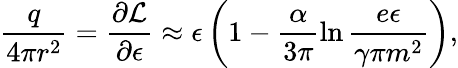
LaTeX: \frac{q}{4\pi r^{2}}=\frac{\partial{\cal L}}{\partial\epsilon}\approx\epsilon\left(1-\frac{\alpha}{3\pi}\ln\frac{e\epsilon}{\gamma\pi m^{2}}\right),